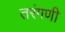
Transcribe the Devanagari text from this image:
तरंगणी